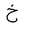
Letter: _kha